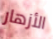
الأزهار